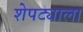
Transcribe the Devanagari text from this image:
शेपट्याला